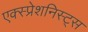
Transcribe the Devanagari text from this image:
एक्स्प्रेशनिस्ट्स